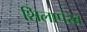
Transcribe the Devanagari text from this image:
शिलापंख